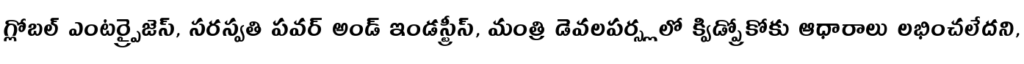
గ్లోబల్ ఎంటర్ప్రైజెస్, సరస్వతి పవర్ అండ్ ఇండస్ట్రీస్, మంత్రి డెవలపర్స్లలో క్విడ్ప్రోకోకు ఆధారాలు లభించలేదని,